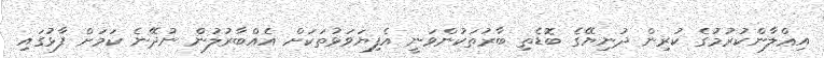
އިޢްލާންކުރުމުގެ ކުރިން ދުނިޔޭގެ ބޮޑެތި ބާރުތަކުންވަނީ އެފިޔަވަޅުތަކަށް އެއްބާރުލުން ނުދޭނެ ކަމަށް ފާޅުގައި